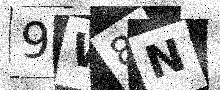
Text: 9W8N